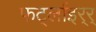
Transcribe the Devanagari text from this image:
फर्ट्लाइर्‍र्